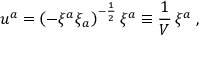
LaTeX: u ^ { a } = { \left( - \xi ^ { a } \xi _ { a } \right) } ^ { - { \frac { 1 } { 2 } } } \, \xi ^ { a } \equiv { \frac { 1 } { V } } \, \xi ^ { a } \; ,